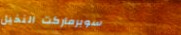
سوبرماركت النخيل